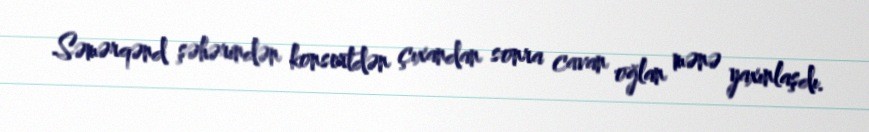
Səmərqənd şəhərindən konsertdən çıxandan sonra cavan oğlan mənə yaxınlaşdı.